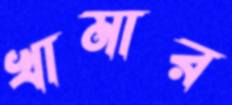
খামার